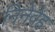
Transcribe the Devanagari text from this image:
निनेवेह